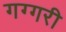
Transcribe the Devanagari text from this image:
गग्गरी